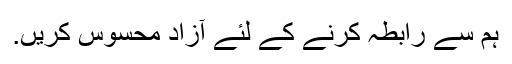
ہم سے رابطہ کرنے کے لئے آزاد محسوس کریں.